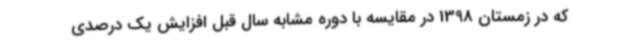
که در زمستان 1398 در مقایسه با دوره مشابه سال قبل افزایش یک درصدی